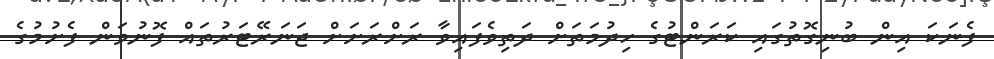
ފެނަކަ އިން ބުނިގޮތުގައި ކަރަންޓުގެ ހިދުމަތަށް ދަތިވެފައިވާ ރަށްރަށަށް ޖަނަރޭޓަރުތައް ފޮނުވަން ފެށުމުގެ